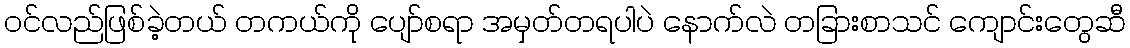
ဝင်လည်ဖြစ်ခဲ့တယ် တကယ်ကို ပျော်စရာ အမှတ်တရပါပဲ နောက်လဲ တခြားစာသင် ကျောင်းတွေဆီ